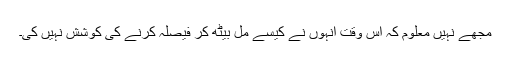
مجھے نہیں معلوم کہ اس وقت انہوں نے کیسے مل بیٹھ کر فیصلہ کرنے کی کوشش نہیں کی۔